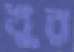
খুর